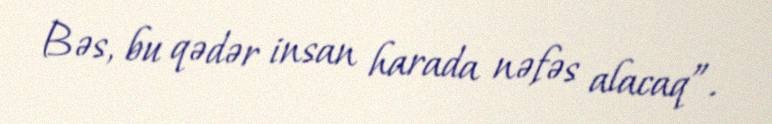
Bəs, bu qədər insan harada nəfəs alacaq”.